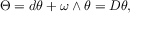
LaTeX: \Theta = d \theta + \omega \wedge \theta = D \theta ,